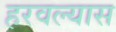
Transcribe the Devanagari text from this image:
हरवल्यास